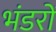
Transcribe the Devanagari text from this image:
भंडरों